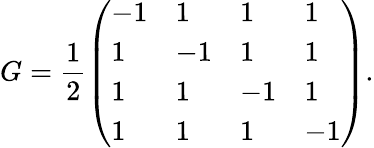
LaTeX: G=\frac 12\left(\begin{array}{llll}{-1}&{1}&{1}&{1}\\ {1}&{-1}&{1}&{1}\\ {1}&{1}&{-1}&{1}\\ {1}&{1}&{1}&{-1}\end{array}\right).